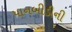
પાનબીડીની